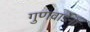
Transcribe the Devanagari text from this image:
गुणवार्डेना